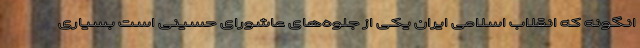
انگونه که انقلاب اسلامی ایران یکی از جلوه‌های عاشورای حسینی است بسیاری